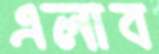
এলাব